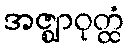
အဇ္ဈာဝုတ္ထံ